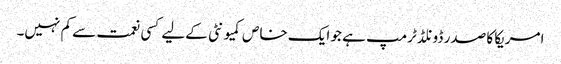
امریکا کا صدر ڈونلڈ ٹرمپ ہے جو ایک خاص کمیو نٹی کےلیے کسی نعمت سے کم نہیں۔